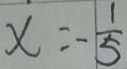
x = - \frac { 1 } { 5 }